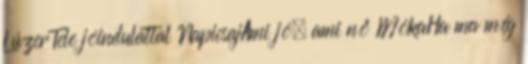
LúzerTele jóindulattal NapicsajAmi jó, ami nő MókaHa ma még